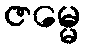
ဇမ္မေ